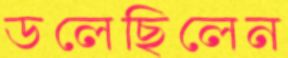
ডলেছিলেন